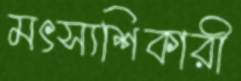
মৎস্যশিকারী